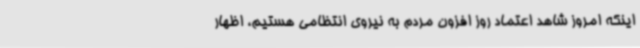
اینکه امروز شاهد اعتماد روز افزون مردم به نیروی انتظامی هستیم، اظهار